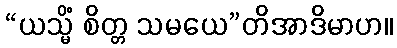
“ယသ္မိံ စိတ္တ သမယေ”တိအာဒိမာဟ။